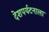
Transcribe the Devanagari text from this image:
देशपर्यटनाला